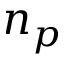
n _ { p }